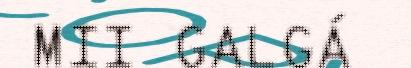
MII GALGÁ